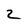
Character: Z